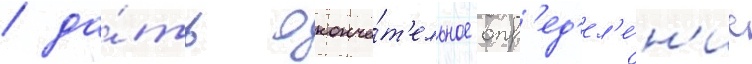
/ да́ть оконча́т'ельное опр'ед'ел'е́н'ие